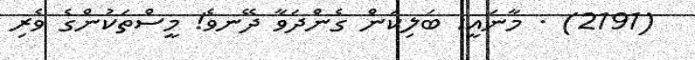
(2191) . މާނައީ: ބަލިކަން ގެންދަވާ ދޭނވެ! މީސްތަކުންގެ ވެރި